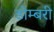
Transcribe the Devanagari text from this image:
डोम्‍बरी